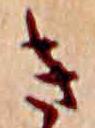
き